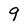
Character: 9